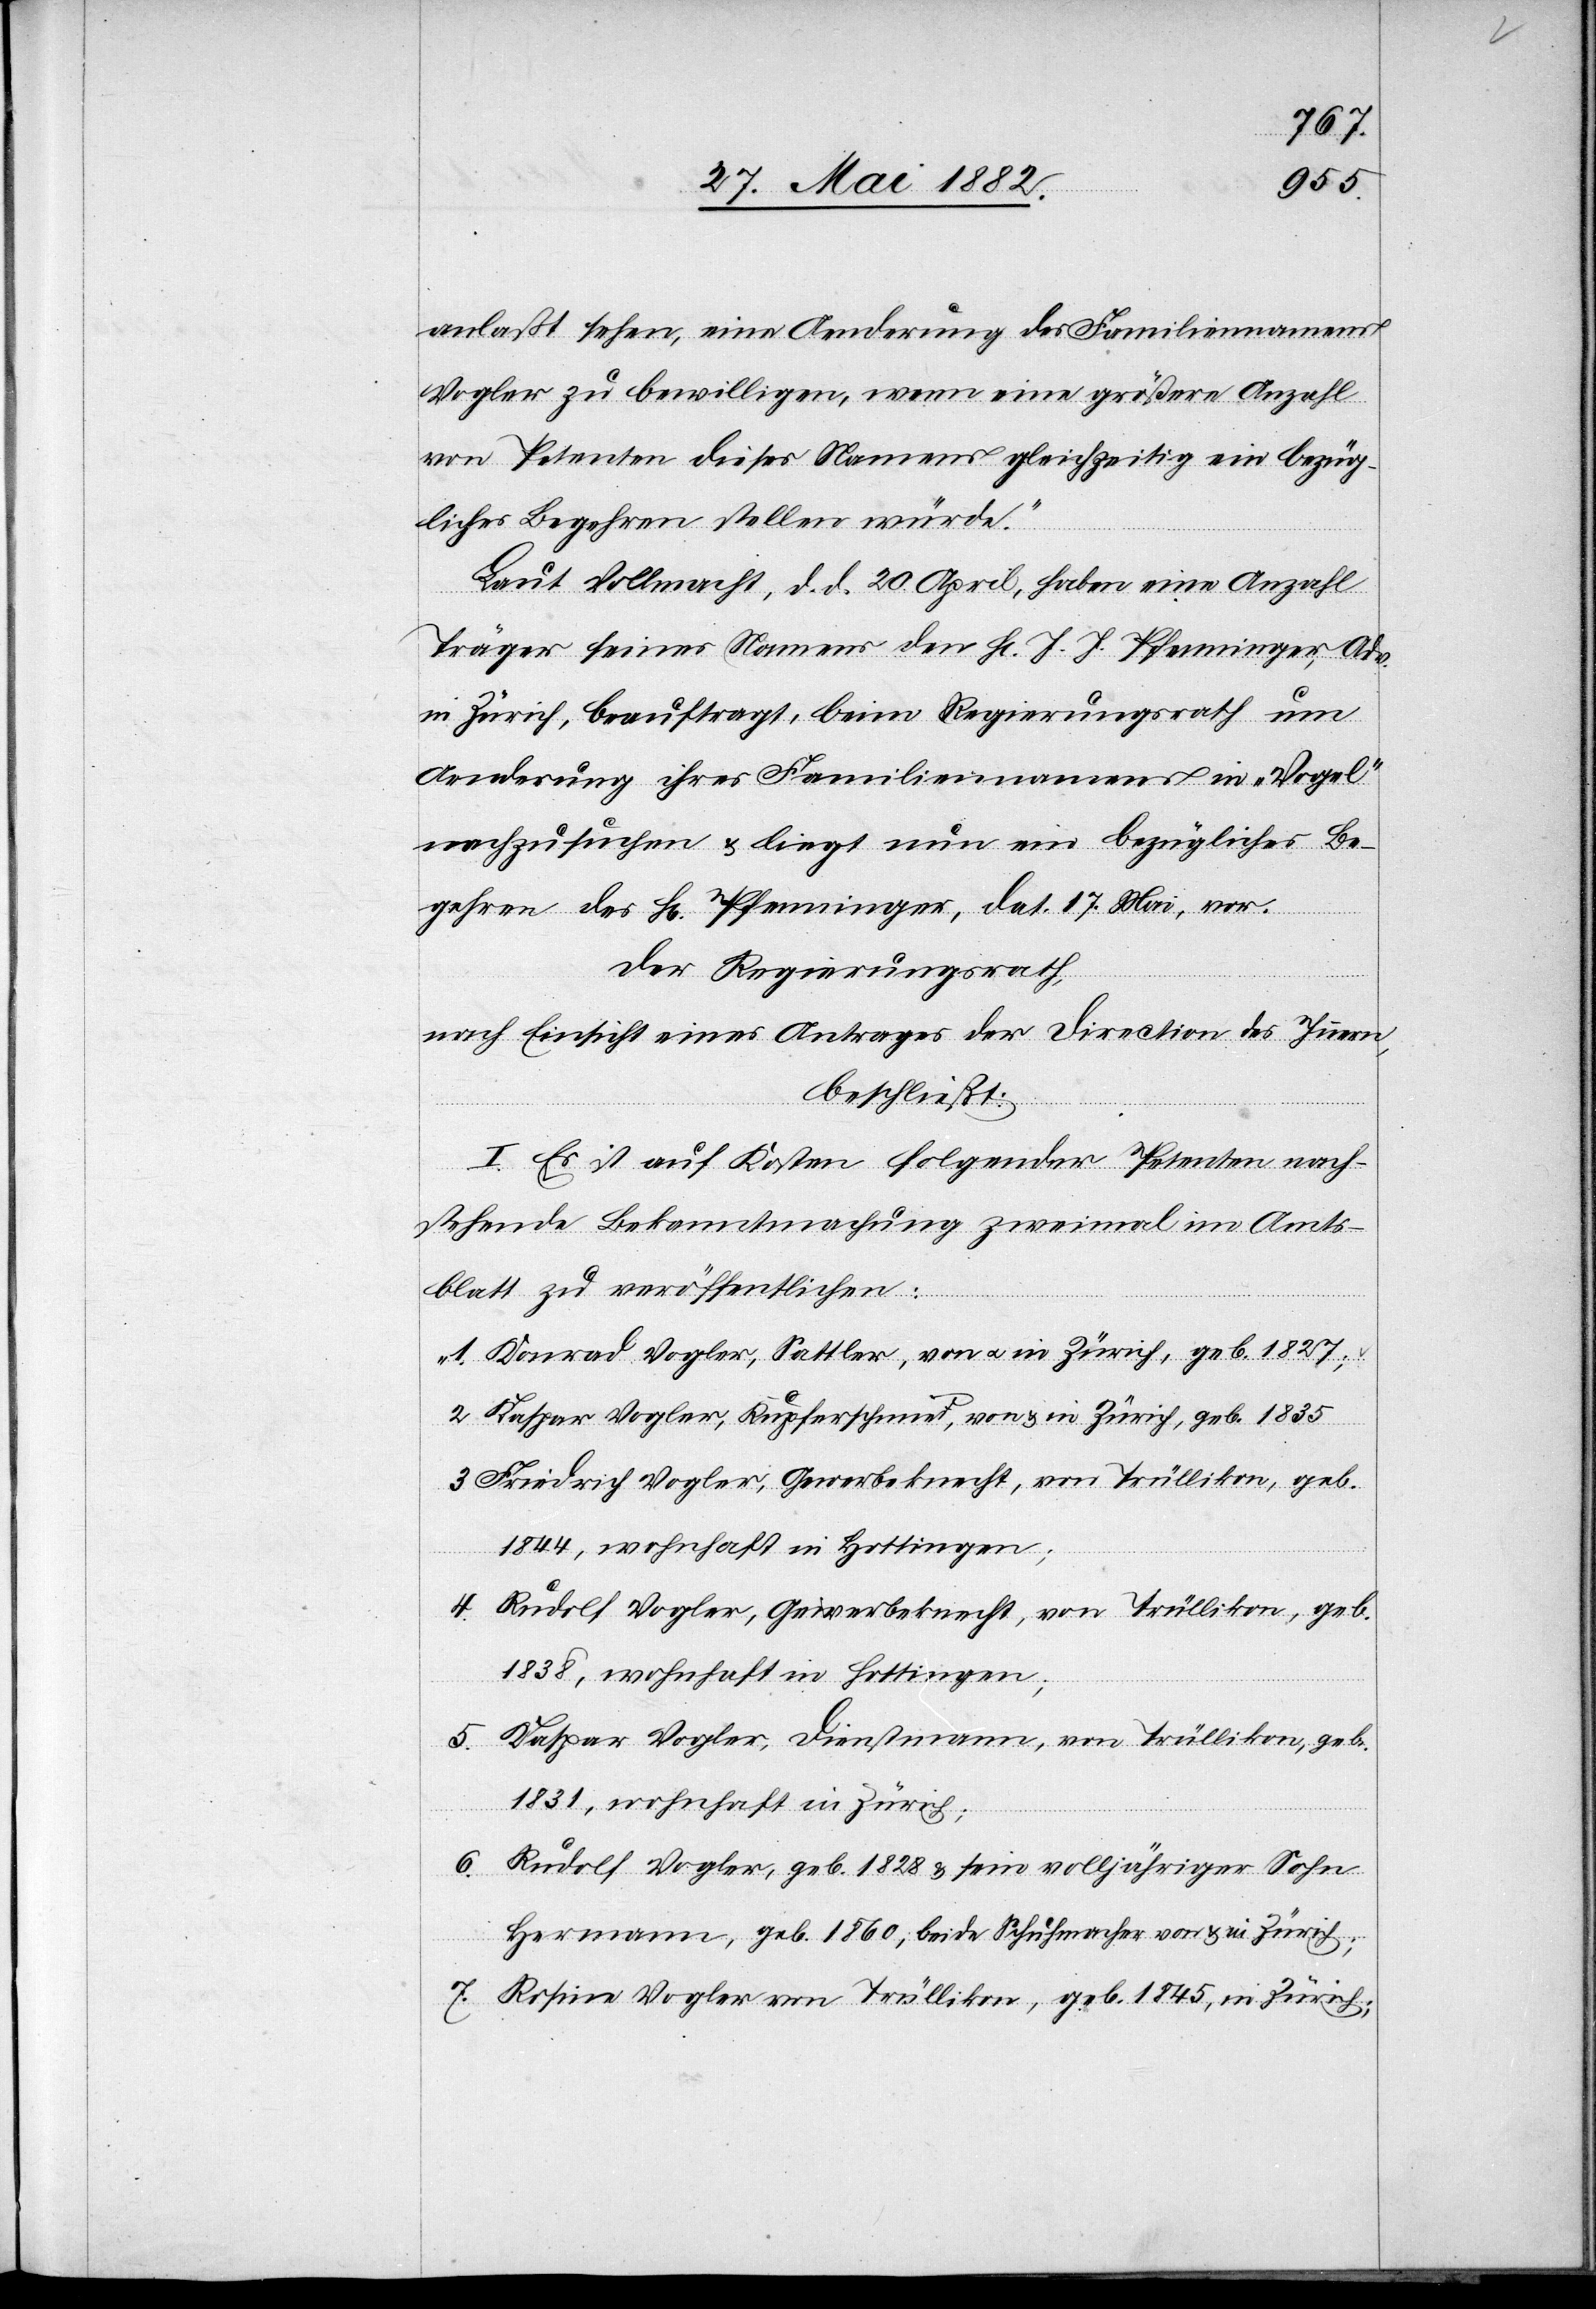
anlaßt sehen, eine Aenderung des Familiennamens
Vogler zu bewilligen, wenn eine größere Anzahl
von Petenten dieses Namens gleichzeitig ein bezüg¬
liches Begehren stellen würde.“
Laut Vollmacht, d. d. 20. April, haben eine Anzahl
Träger seines Namens den H[rn]. J. J. Pfenninger, Adv.
in Zürich, beauftragt, beim Regierungsrath um
Aenderung ihres Familiennamens in „Vogel“
nachzusuchen & liegt nun ein bezügliches Be¬
gehren des H[rn]. Pfenninger, dat. 17. Mai, vor.
Der Regierungsrath,
nach Einsicht eines Antrages der Direction des Innern,
beschließt:
I. Es ist auf Kosten folgender Petenten nach¬
stehende Bekanntmachung zweimal im Amts¬
blatt zu veröffentlichen:
„1. Konrad Vogler, Sattler, von u. in Zürich, geb. 1827;
2. Kaspar Vogler, Kupferschmid, von & in Zürich, geb. 1835;
3. Friedrich Vogler, Gewerbsknecht, von Trüllikon, geb.
1844, wohnhaft in Hottingen;
4. Rudolf Vogler, Gewerbsknecht, von Trüllikon, geb.
1838, wohnhaft in Hottingen;
5. Kaspar Vogler, Dienstmann, von Trüllikon, geb.
1831, wohnhaft in Zürich;
6. Rudolf Vogler, geb. 1828 & sein volljähriger Sohn
Hermann, geb. 1860, beide Schuhmacher von & in Zürich;
7. Rosine Vogler von Trüllikon, geb. 1845, in Zürich;